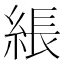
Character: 𦁢